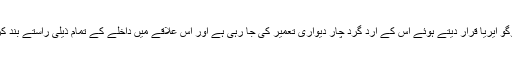
اس علاقے کو نوگو ایریا قرار دیتے ہوئے اس کے ارد گرد چار دیواری تعمیر کی جا رہی ہے اور اس علاقے میں داخلے کے تمام ذیلی راستے بند کر دئے گئے ہیں۔